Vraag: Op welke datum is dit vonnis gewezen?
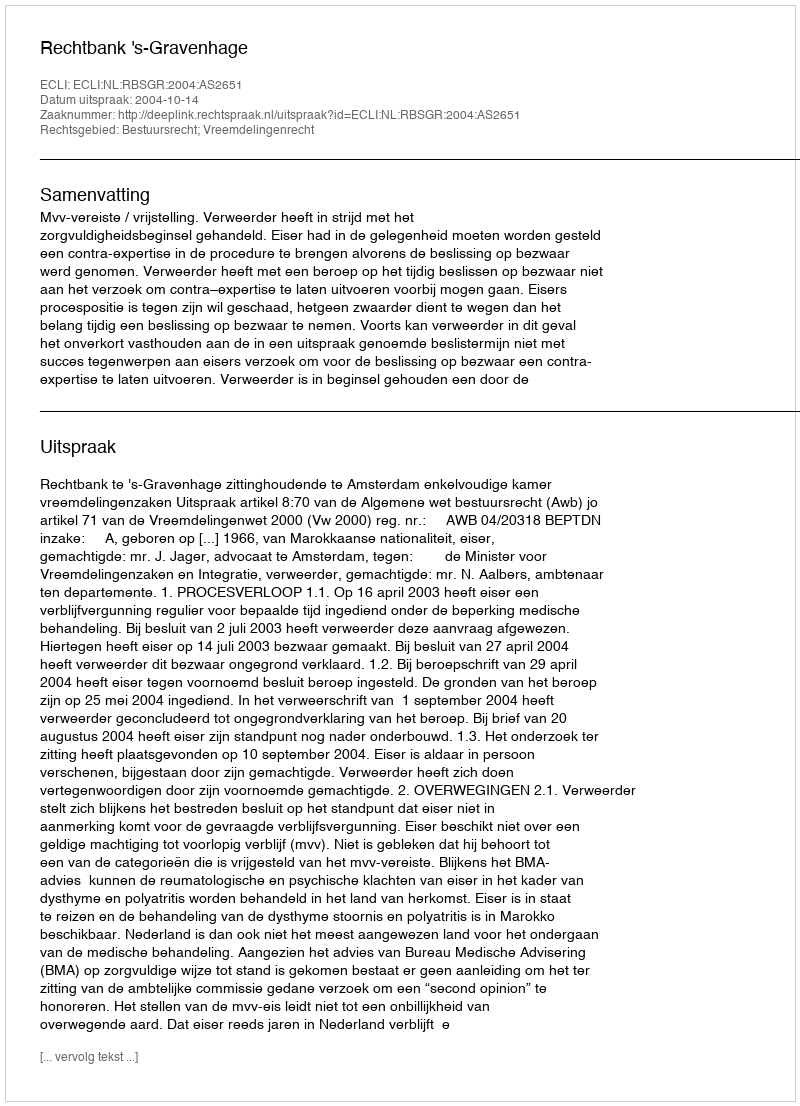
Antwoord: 2004-10-14